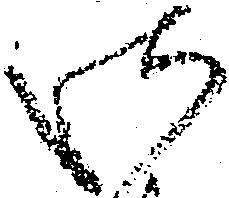
御